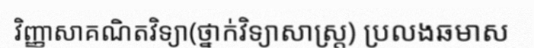
វិញ្ញាសាគណិតវិទ្យា(ថ្នាក់វិទ្យាសាស្ត្រ) ប្រលងឆមាស